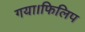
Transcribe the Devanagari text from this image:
गया।फिलिप